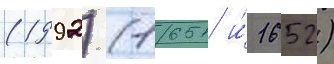
(1992) (1651 и́ 1652)